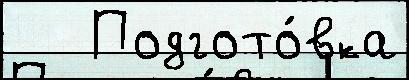
   Подгото́вка